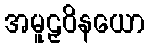
အမူဠှဝိနယော